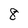
Character: 8